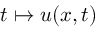
t \mapsto u ( x , t )